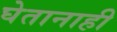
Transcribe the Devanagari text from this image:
घेतानाही